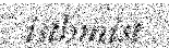
isthmist